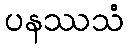
ပနဿသံ